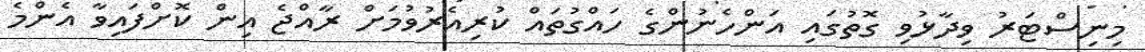
މިނިސްޓަރު ވިދާޅުވި ގޮތުގައި އަންހެނުންގެ ހައްގުތައް ކުރިއެރުވުމަށް ރާއްޖެ އިން ކޮށްފައިވާ އެންމެ